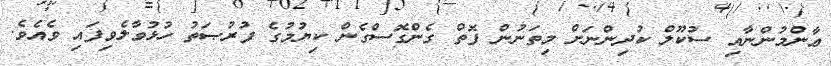
ޢާންމުންނާއި ސުކޫލް ކުދިންނަށް މިތަނުން ފޮތް ގެންގޮސްގެން ކިޔުމުގެ ފުރުޞަތު ހުޅުވާލެވިފައި ވެއެވެ.